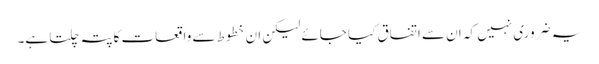
یہ ضروری نہیں کہ ان سے اتفاق کیا جائے لیکن ان خطوط سے واقعات کاپتہ چلتا ہے۔